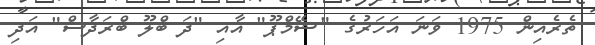
ތެރެއިން 1975 ވަނަ އަހަރުގެ "ޝޭމްޕޫ" އާއި "ދަ ބްލޫ ބްރަދާސް" އަދި